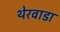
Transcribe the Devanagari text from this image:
थेरवाडा